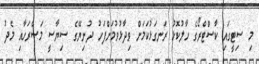
މި ސިޓީގައި ކާސްޓްރޯގެ ހާލުކޮޅު ރަނގަޅުކަމަށް ވިދާޅުވުމަށްފަހު ދުނިޔޭގެ ސިޔާސީ މަސްރަހާއި މެދު